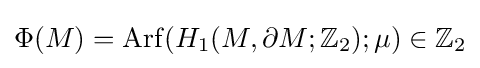
\Phi (M)=\operatorname {Arf} (H_{1}(M,\partial M;\mathbb {Z} _{2});\mu )\in \mathbb {Z} _{2}